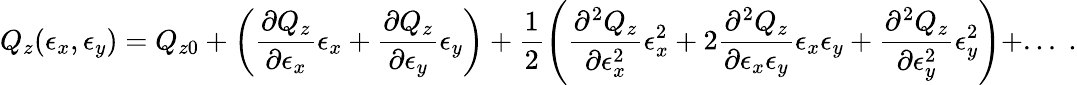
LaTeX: Q_{z}(\epsilon_{x},\epsilon_{y})=Q_{z0}+\left(\frac{\partial Q_{z}}{\partial\epsilon_{x}}\epsilon_{x}+\frac{\partial Q_{z}}{\partial\epsilon_{y}}\epsilon_{y}\right)+\frac{1}{2}\left(\frac{\partial^{2}Q_{z}}{\partial\epsilon_{x}^{2}}\epsilon_{x}^{2}+2\frac{\partial^{2}Q_{z}}{\partial\epsilon_{x}\epsilon_{y}}\epsilon_{x}\epsilon_{y}+\frac{\partial^{2}Q_{z}}{\partial\epsilon_{y}^{2}}\epsilon_{y}^{2}\right)+...\; .